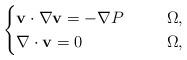
LaTeX: \begin{align*}\begin{cases}\mathbf{v}\cdot \nabla \mathbf{v} =-\nabla P&\ \ \Omega,\\\nabla\cdot\mathbf{v}=0\,\ \, \ \ \ \ \ \ \ \ \, &\ \ \Omega,\end{cases}\end{align*}